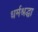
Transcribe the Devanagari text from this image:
धर्मश्रद्धा